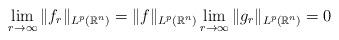
LaTeX: \begin{align*}\lim_{r \rightarrow \infty} \|f_r\|_{L^p(\mathbb R^n)} =\|f\|_{L^p(\mathbb R^n)} \lim_{r \rightarrow\infty} \|g_r\|_{L^p(\mathbb R^n)} = 0\end{align*}